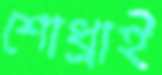
শোধ্‌রাই